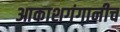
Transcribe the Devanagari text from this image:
आकाशगंगानीच